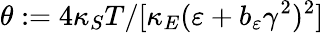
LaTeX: \theta:=4\kappa_{S}T/[\kappa_{E}(\varepsilon+b_{\varepsilon}\gamma^{2})^{2}]